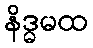
နိဒ္ဓမထ